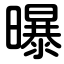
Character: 曝